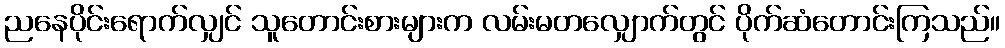
ညနေပိုင်းရောက်လျှင် သူတောင်းစားများက လမ်းမတလျှောက်တွင် ပိုက်ဆံတောင်းကြသည်။